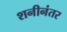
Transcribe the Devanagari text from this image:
शनीनंतर